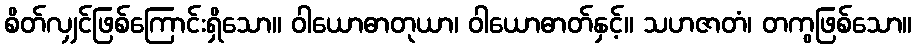
စိတ်လျှင်ဖြစ်ကြောင်းရှိသော။ ဝါယောဓာတုယာ၊ ဝါယောဓာတ်နှင့်။ သဟဇာတံ၊ တကွဖြစ်သော။